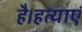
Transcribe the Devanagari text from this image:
है।हत्याएं